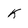
Character: K